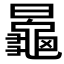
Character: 𱢲